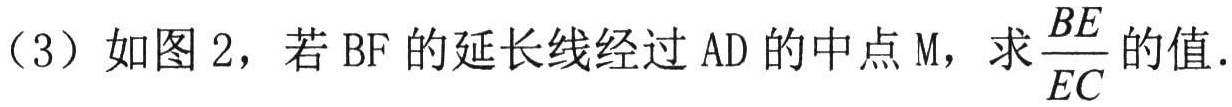
（3）如图2，若BF的延长线经过AD的中点M，求$\frac{BE}{EC}$的值.